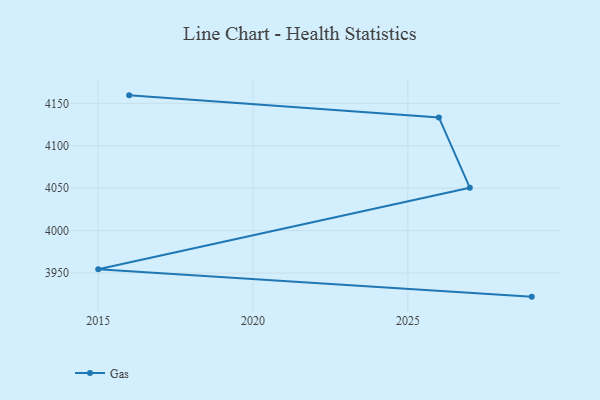
{"axis": {"x": "Year", "y": "Conversion Rate (%)"}, "legend": ["Gas"], "data": [{"x": "2016", "y": 4159.4, "type": "Gas"}, {"x": "2026", "y": 4133.4, "type": "Gas"}, {"x": "2027", "y": 4050.6, "type": "Gas"}, {"x": "2015", "y": 3954.4, "type": "Gas"}, {"x": "2029", "y": 3922.2, "type": "Gas"}]}